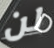
لن